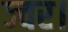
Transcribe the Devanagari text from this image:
ज्वर।